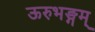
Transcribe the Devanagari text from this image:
ऊरुभङ्गम्